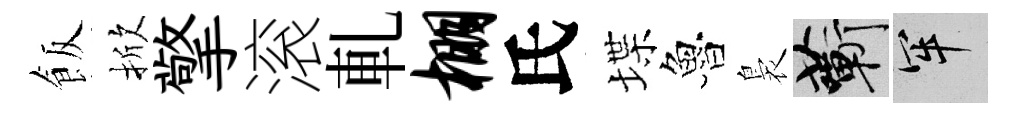
飯掀擎滚軋棚氏堞魯裊蔪牢